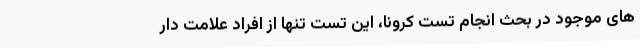
های موجود در بحث انجام تست کرونا، این تست تنها از افراد علامت دار